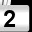
Digit: 2